Cholera in India, 1862 to 1881
Year: 1862
Disease focus: Cholera
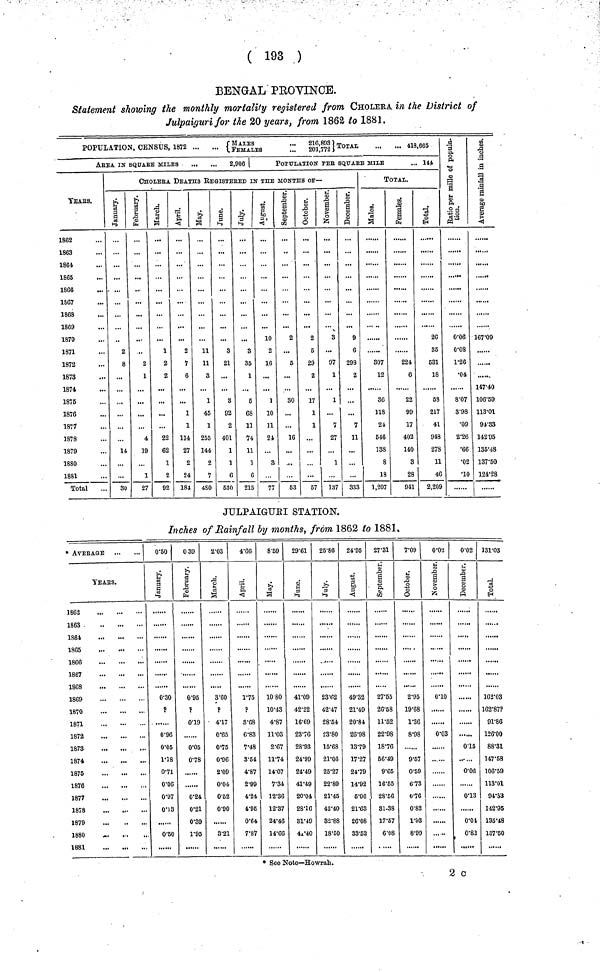
( 193 )
BENGAL PROVINCE.
Statement showing the monthly mortality registered from CHOLERA in the District of
Julpaiguri for the 20 years, from 1862 to 1881.
POPULATION, CENSUS, 1872 {MALES ... FEMALES ...216,893 , 201,772}TOTAL ... ...418,665
ArEA is SQArE MILES
2,006
POPULATION' PEr SQUARE MIlE
... 144
YEARS.
1862
1863
1864
1865
1866
1S67
1868
1869
1870
1871
1872
1873
1874
1875
1876
1877
1878
1879
1880
1881
Total
CHOLERA DEATHS REGISTErED IN THE MONTHS OF—
January.
2
8
...
...
14
...
...
30
February.
2
1
4
19
1
27
March.
1
2
2
22
62
1
2
92
April.
2
1
6
1
1
114
27
2
24
181
May.
11
11
3
1
45
1
255
144
2
7
480
June
3
21
...
3
92
2
401
1
1
6
530
July.
3
35
1
5
68
11
74
11
1
6
215
August.
10
2
16
...
1
10
11
24
3
77
September.
2
...
5
...
30
...
16
53
October.
2
5
29
2
17
1
1
...
57
November.
3
...
97
1
1
...
7
27
1
137
December.
9
6
293
2
...
7
11
...
333
TOTAL.
Males.
307
12
30
118
24
646
138
8
18
1,207
Females.
224
6
22
99
17
402
140
3
28
941
Total.
26
35
531
18
58
217
41
948
278
11
46
2,209
Ratio per mille
of population.
0.06
0.08
1.26
•04
8.07
3.98
•09
2.26
•66
•02
•10
Average rain
in inches.
167.09
,
.....
147.40
106.59
113.01
94.33
14295
135.48
137.50
124.28
JULPAIGURI STATION.
Inches of Rainfall by months, from 1862 to 1881,
*
AVERAGE
YEARS.
1862
1863
1864
1805
1866
1867
1868
1869
1870
1871
1872
1873
1874
1875
1876
1877
1878
1879
1880
1881
0.50
0.30
?
0.96
0.05
1.18
0.71
0.06
0.97
0.13
0.50
0 39
February.
0.95
?
0.19
0.05
0.78
0.24
0.21
0.39
1.95
2.03
March.
3.60
?
4.17
0.65
0.75
0.96
2.09
0.04
0.62
0.90
3.21
4.66
April.
1.75
?
3.68
6.83
7.48
8.54
4.87
2.99
4.24
4.95
0.64
7.87
8.59
May.
10 80
10.43
4.87
11.03
2.67
11.74
14.07
7.34
12.36
12.37
24.46
14.66
29.61
June.
41.09
42.22
16.69
23.76
28.93
24.99
24.49
41.49
20.04
28.16
31.49
41.40
25.86
July.
23.02
42.47
28.54
23.80
15.68
21.06
25.27
22.89
21.45
42.40
32.88
18.50
24.95
49.32
21.49
20.84
26.98
13.79
17.27
24.79
14.92
6.06
21.63
26.08
33.52
27.31
September.
27.55
26.58
11.52
22.98
18.76
56.49
9.65
16.55
28.56
31.38
17.57
6.08
7.09
October.
2.95
19.68
1.36
8.98
9.57
0.59
6.73
0.76
0.82
1.93
8.99
0.02
November.
0.03
0.02
December.
......
......
0.15
0.06
0.13
0.01
0.82
131.03
Total.
162.03
162.87?
91.86
126.00
88.31
147.68
106.59
113.01
94.33
142.95
135.48
137.50
* See Note—Howrah.
2 c